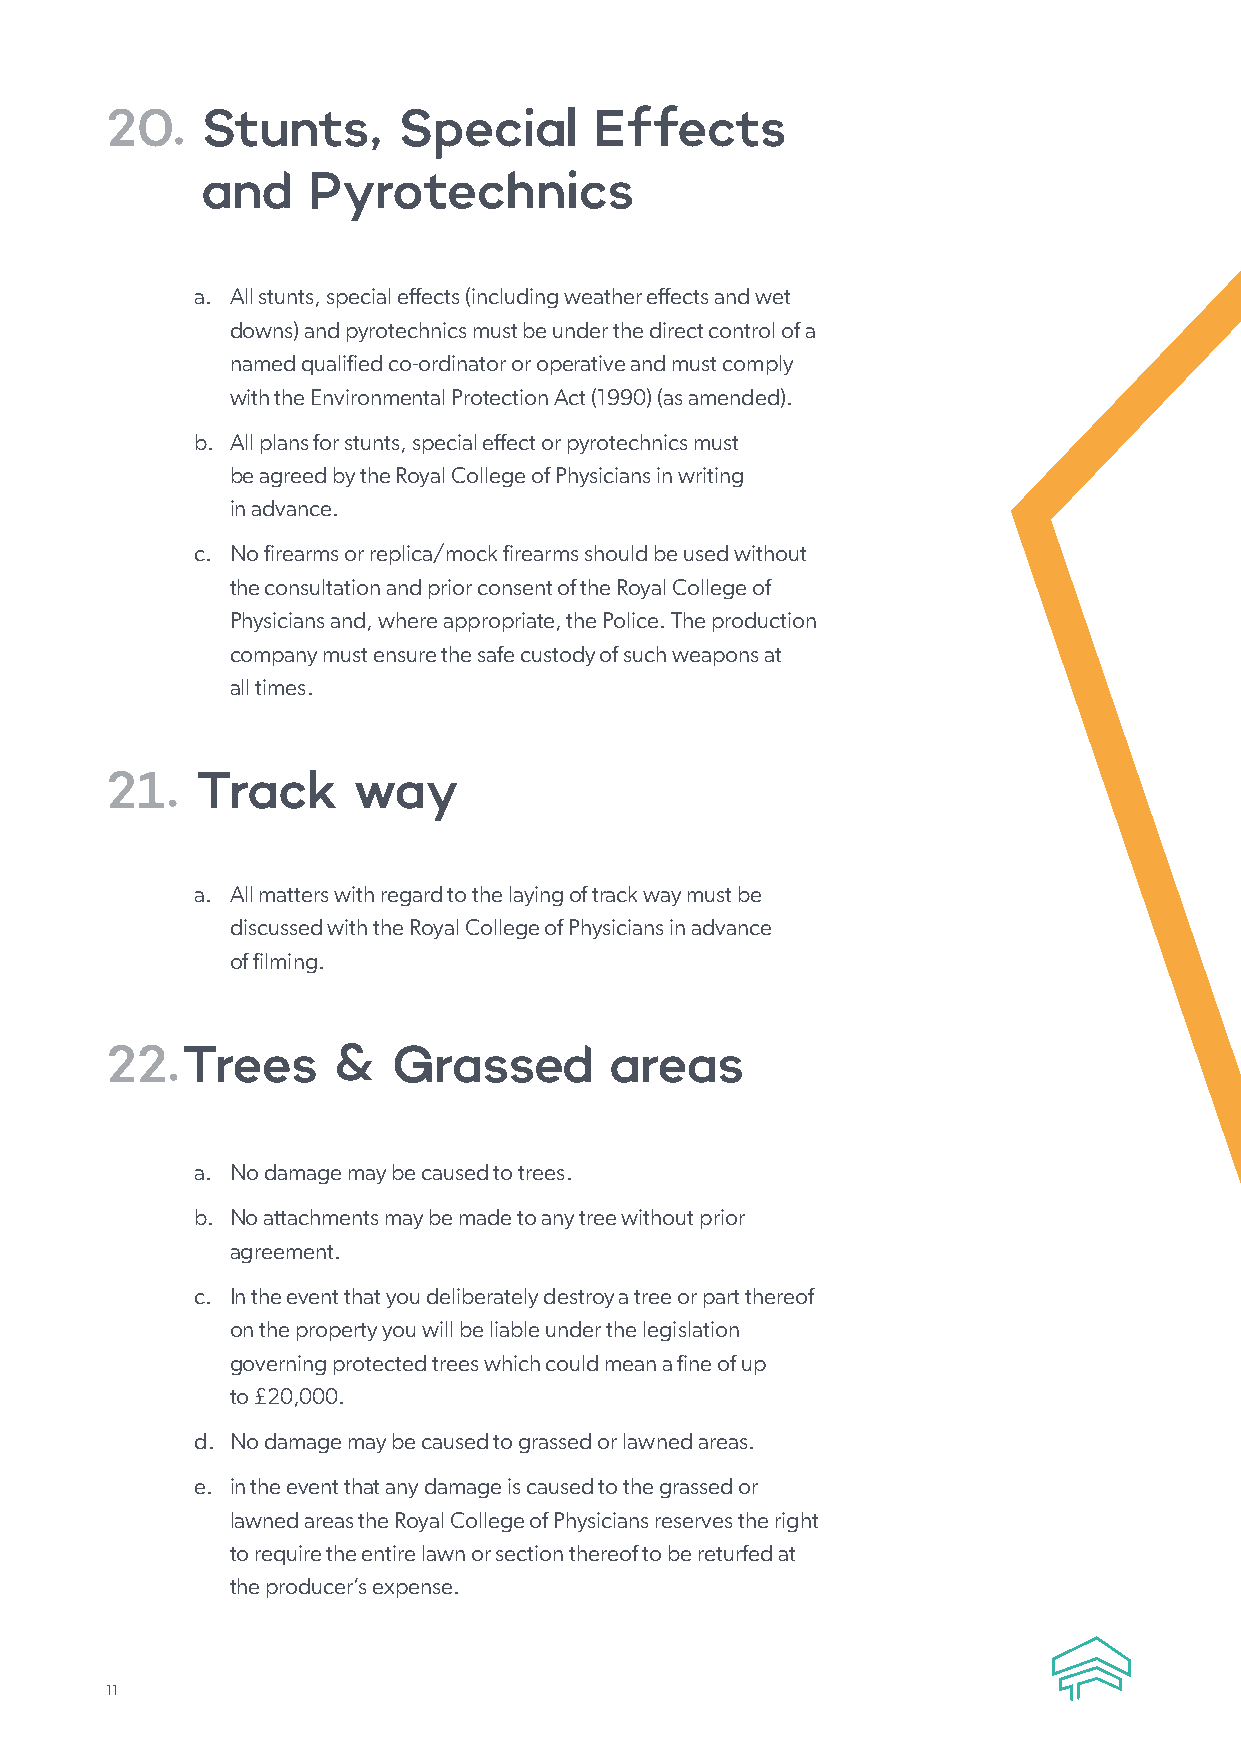
20.   Stunts,      Special      Effects
 and    Pyrotechnics
 a. All stunts, special effects (including weather effects and wet
 downs) and pyrotechnics must be under the direct control of a
 named qualified co-ordinator or operative and must comply
 with the Environmental Protection Act (1990) (as amended).
 b. All plans for stunts, special effect or pyrotechnics must
 be agreed by the Royal College of Physicians in writing
 in advance.
 c. No firearms or replica/mock firearms should be used without
 the consultation and prior consent of the Royal College of
 Physicians and, where appropriate, the Police. The production
 company must ensure the safe custody of such weapons at
 all times.
 21.   Track     way
 a. All matters with regard to the laying of track way must be
 discussed with the Royal College of Physicians in advance
 of filming.
 22.  Trees     &   Grassed       areas
 a. No damage may be caused to trees.
 b. No attachments may be made to any tree without prior
 agreement.
 c. In the event that you deliberately destroy a tree or part thereof
 on the property you will be liable under the legislation
 governing protected trees which could mean a fine of up
 to £20,000.
 d. No damage may be caused to grassed or lawned areas.
 e. in the event that any damage is caused to the grassed or
 lawned areas the Royal College of Physicians reserves the right
 to require the entire lawn or section thereof to be returfed at
 the producer’s expense.
 11